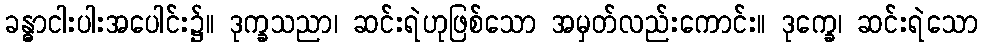
ခန္ဓာငါးပါးအပေါင်း၌။ ဒုက္ခသညာ၊ ဆင်းရဲဟုဖြစ်သော အမှတ်လည်းကောင်း။ ဒုက္ခေ၊ ဆင်းရဲသော